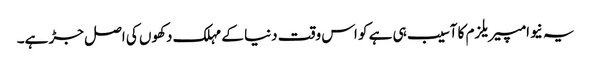
یہ نیوامپیریلزم کا آسیب ہی ہے کو اس وقت دنیا کے مہلک دکھوں کی اصل جڑ ہے۔